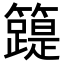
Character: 𥶛